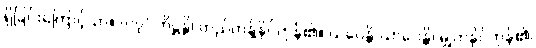
ရှိခြင်းကြောင့်သာ။ {၀၇} တိဋ္ဌန္တိ၊ တည်တန့်နိုင်ကုန်၏။ ယပေန္တိ ယာပေန္တိ၊ မျှတနိုင်ကုန်၏၊